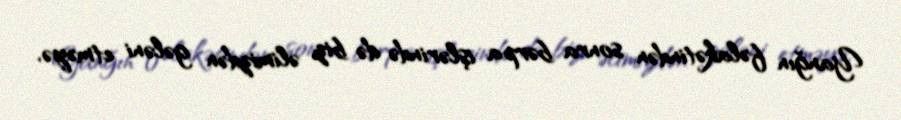
Yanğın fəlakətindən sonra bərpa işlərində də biz əlimizdən gələni etməyə,